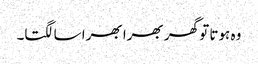
وہ ہوتا تو گھر بھرا بھرا سا لگتا۔